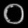
Digit: ၀